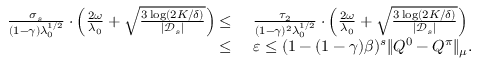
\begin{array} { r l } { \frac { \sigma _ { s } } { ( 1 - \gamma ) \lambda _ { 0 } ^ { 1 / 2 } } \cdot \left( \frac { 2 \omega } { \lambda _ { 0 } } + \sqrt { \frac { 3 \log ( 2 K / \delta ) } { | \mathcal { D } _ { s } | } } \right) \leq } & { \ \frac { \tau _ { 2 } } { ( 1 - \gamma ) ^ { 2 } \lambda _ { 0 } ^ { 1 / 2 } } \cdot \left( \frac { 2 \omega } { \lambda _ { 0 } } + \sqrt { \frac { 3 \log ( 2 K / \delta ) } { | \mathcal { D } _ { s } | } } \right) } \\ { \leq } & { \ \varepsilon \leq ( 1 - ( 1 - \gamma ) \beta ) ^ { s } \| Q ^ { 0 } - Q ^ { \pi } \| _ { \mu } . } \end{array}